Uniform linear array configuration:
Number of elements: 32
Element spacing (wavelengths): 1
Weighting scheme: cosine
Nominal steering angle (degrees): -60
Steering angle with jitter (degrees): -59.945
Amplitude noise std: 0.05
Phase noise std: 0.05

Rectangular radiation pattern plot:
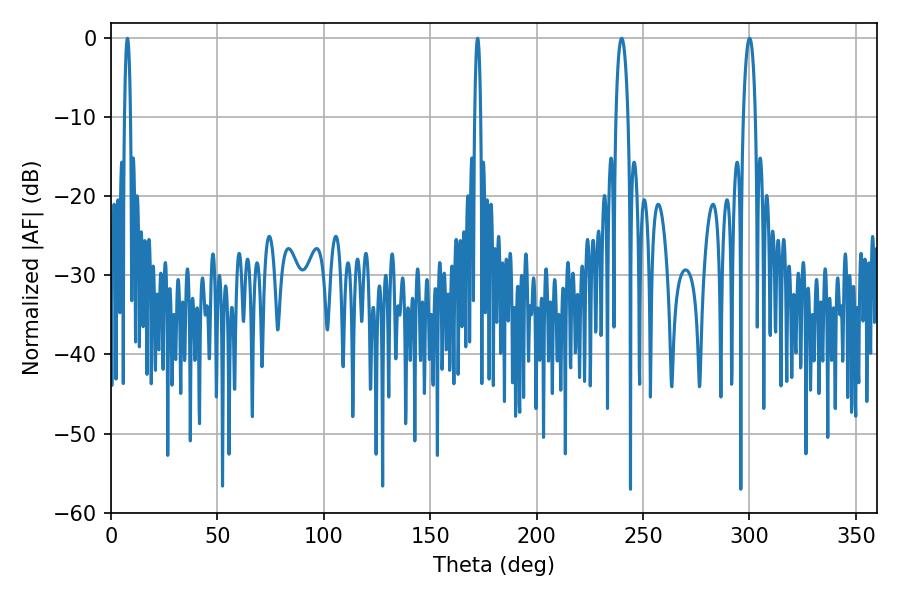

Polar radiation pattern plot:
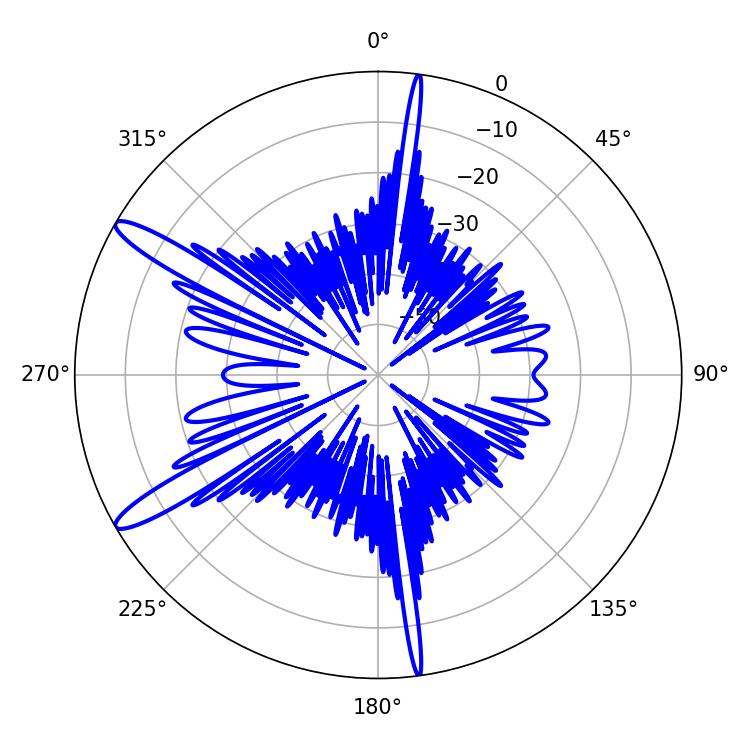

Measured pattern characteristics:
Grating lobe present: TRUE
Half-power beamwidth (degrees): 3.24
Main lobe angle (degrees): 239.94